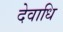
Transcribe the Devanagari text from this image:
देवाधि